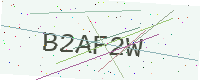
Text: B2AF2W